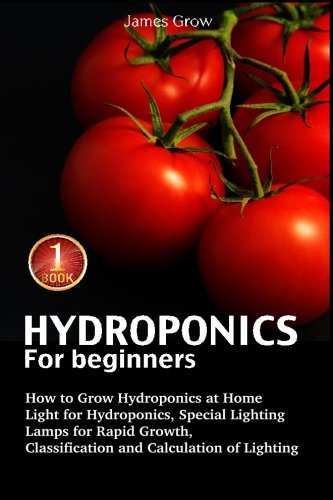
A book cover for Hydroponics for Beginners. How to Grow Hydroponics at Home: Light for Hydroponics, Special Lighting Lamps for Rapid Growth, Classification and Calculation of Lighting (Volume 1); James Grow; Crafts, Hobbies & Home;